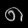
Digit: ၈